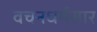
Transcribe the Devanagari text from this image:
वचनधर्मसार